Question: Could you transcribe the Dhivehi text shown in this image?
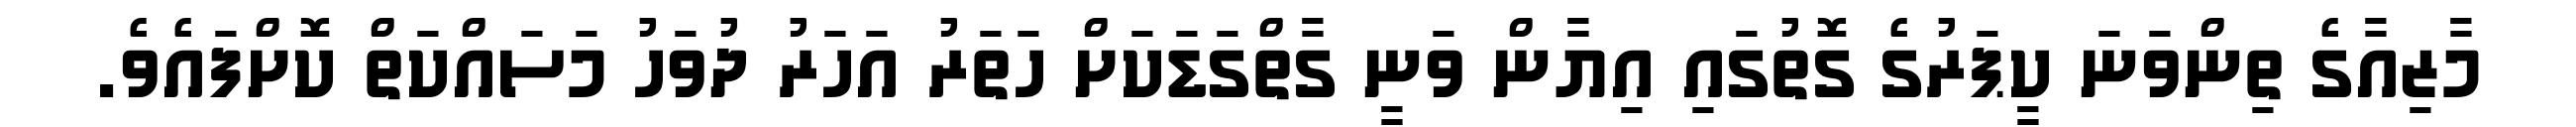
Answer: މާޒިއާގެ ތިންވަނަ ކީޕަރުގެ ގޮތުގައި އިޔާން ވަނީ ގާތްގަޑަކަށް ހަތަރު އަހަރު ދުވަހު މަސައްކަތް ކޮށްފައެވެ.